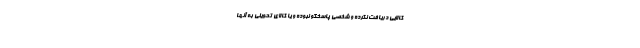
کالایی دریافت نکرده و شخصی پاسخگو نبوده و یا کالای تحویلی به آنها